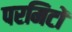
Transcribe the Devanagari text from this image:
परमिटों